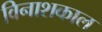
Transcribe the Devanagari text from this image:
विनाशकाल